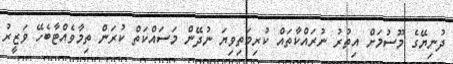
ދުނިޔޭގެ މޫސުމަށް އިތުރު ނުރައްކާތައް ކުރިމަތިވިޔަ ނުދޭން މަސައްކަތް ކުރަން ތިމާވެއްޓާބެހޭ ވަޒީރު